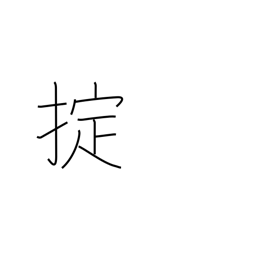
Meaning: regulations